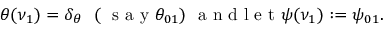
\begin{array} { r } { \theta ( \nu _ { 1 } ) = \delta _ { \theta } \ \ ( \mathrm { ~ \normalsize ~ s ~ a ~ y ~ } \theta _ { 0 1 } ) \mathrm { ~ \normalsize ~ a ~ n ~ d ~ l ~ e ~ t ~ } \psi ( \nu _ { 1 } ) : = \psi _ { 0 1 } . } \end{array}